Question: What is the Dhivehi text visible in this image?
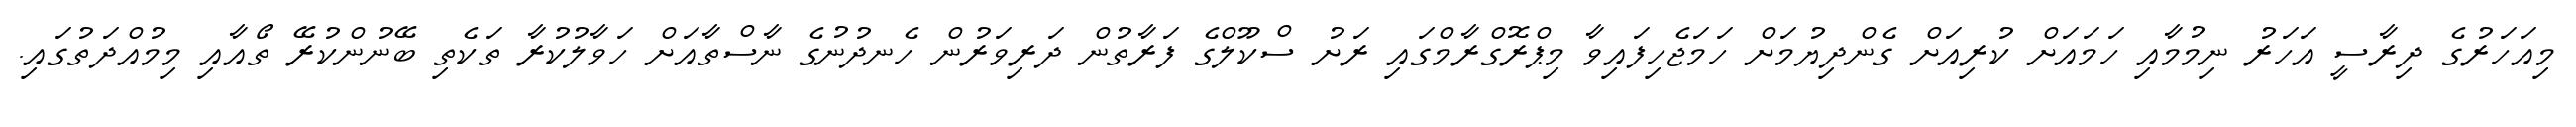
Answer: މިއަހަރުގެ ދިރާސީ އަހަރު ނިމުމާއި ހަމައަށް ކުރިއަށް ގެންދިޔުމަށް ހަމަޖެހިފައިވާ މިޕްރޮގްރާމްގައި ރަށު ސްކޫލްގެ ފަރާތުން ދަރިވަރުން ހެނދުނުގެ ނާސްތާއަށް ހަވާލުކުރާ ތަކެތި ބޭނުންކުރޭ ތޯއާއި މިމުއްދަތުގައި.